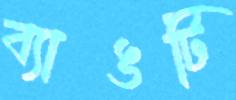
ব্যাঙটি